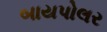
બાયપોલર